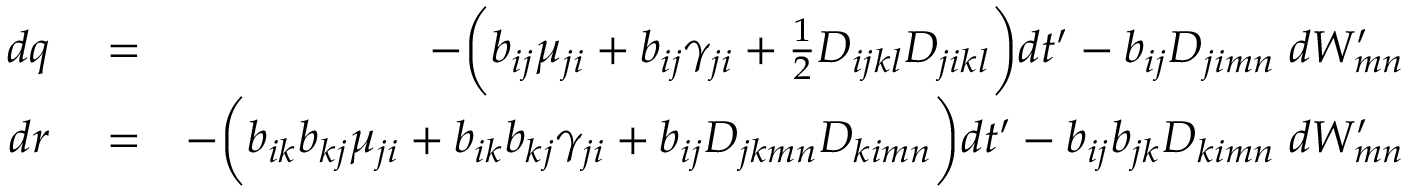
\begin{array} { r l r } { d q } & { { } = } & { - \bigg ( b _ { i j } \mu _ { j i } + b _ { i j } \gamma _ { j i } + \frac { 1 } { 2 } D _ { i j k l } D _ { j i k l } \bigg ) d t ^ { \prime } - b _ { i j } D _ { j i m n } \; d W _ { m n } ^ { \prime } } \\ { d r } & { { } = } & { - \bigg ( b _ { i k } b _ { k j } \mu _ { j i } + b _ { i k } b _ { k j } \gamma _ { j i } + b _ { i j } D _ { j k m n } D _ { k i m n } \bigg ) d t ^ { \prime } - b _ { i j } b _ { j k } D _ { k i m n } \; d W _ { m n } ^ { \prime } } \end{array}